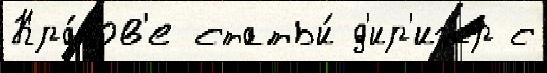
Кра́ков'е статьи́ д'ир'иж́р с